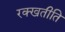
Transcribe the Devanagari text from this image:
रक्खतीति